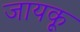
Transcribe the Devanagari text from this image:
जायकू